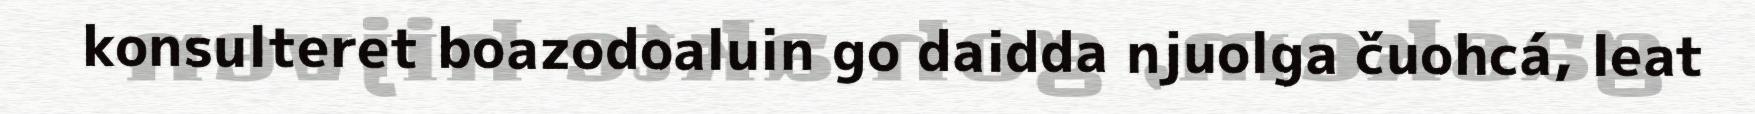
konsulteret boazodoaluin go daidda njuolga čuohcá, leat